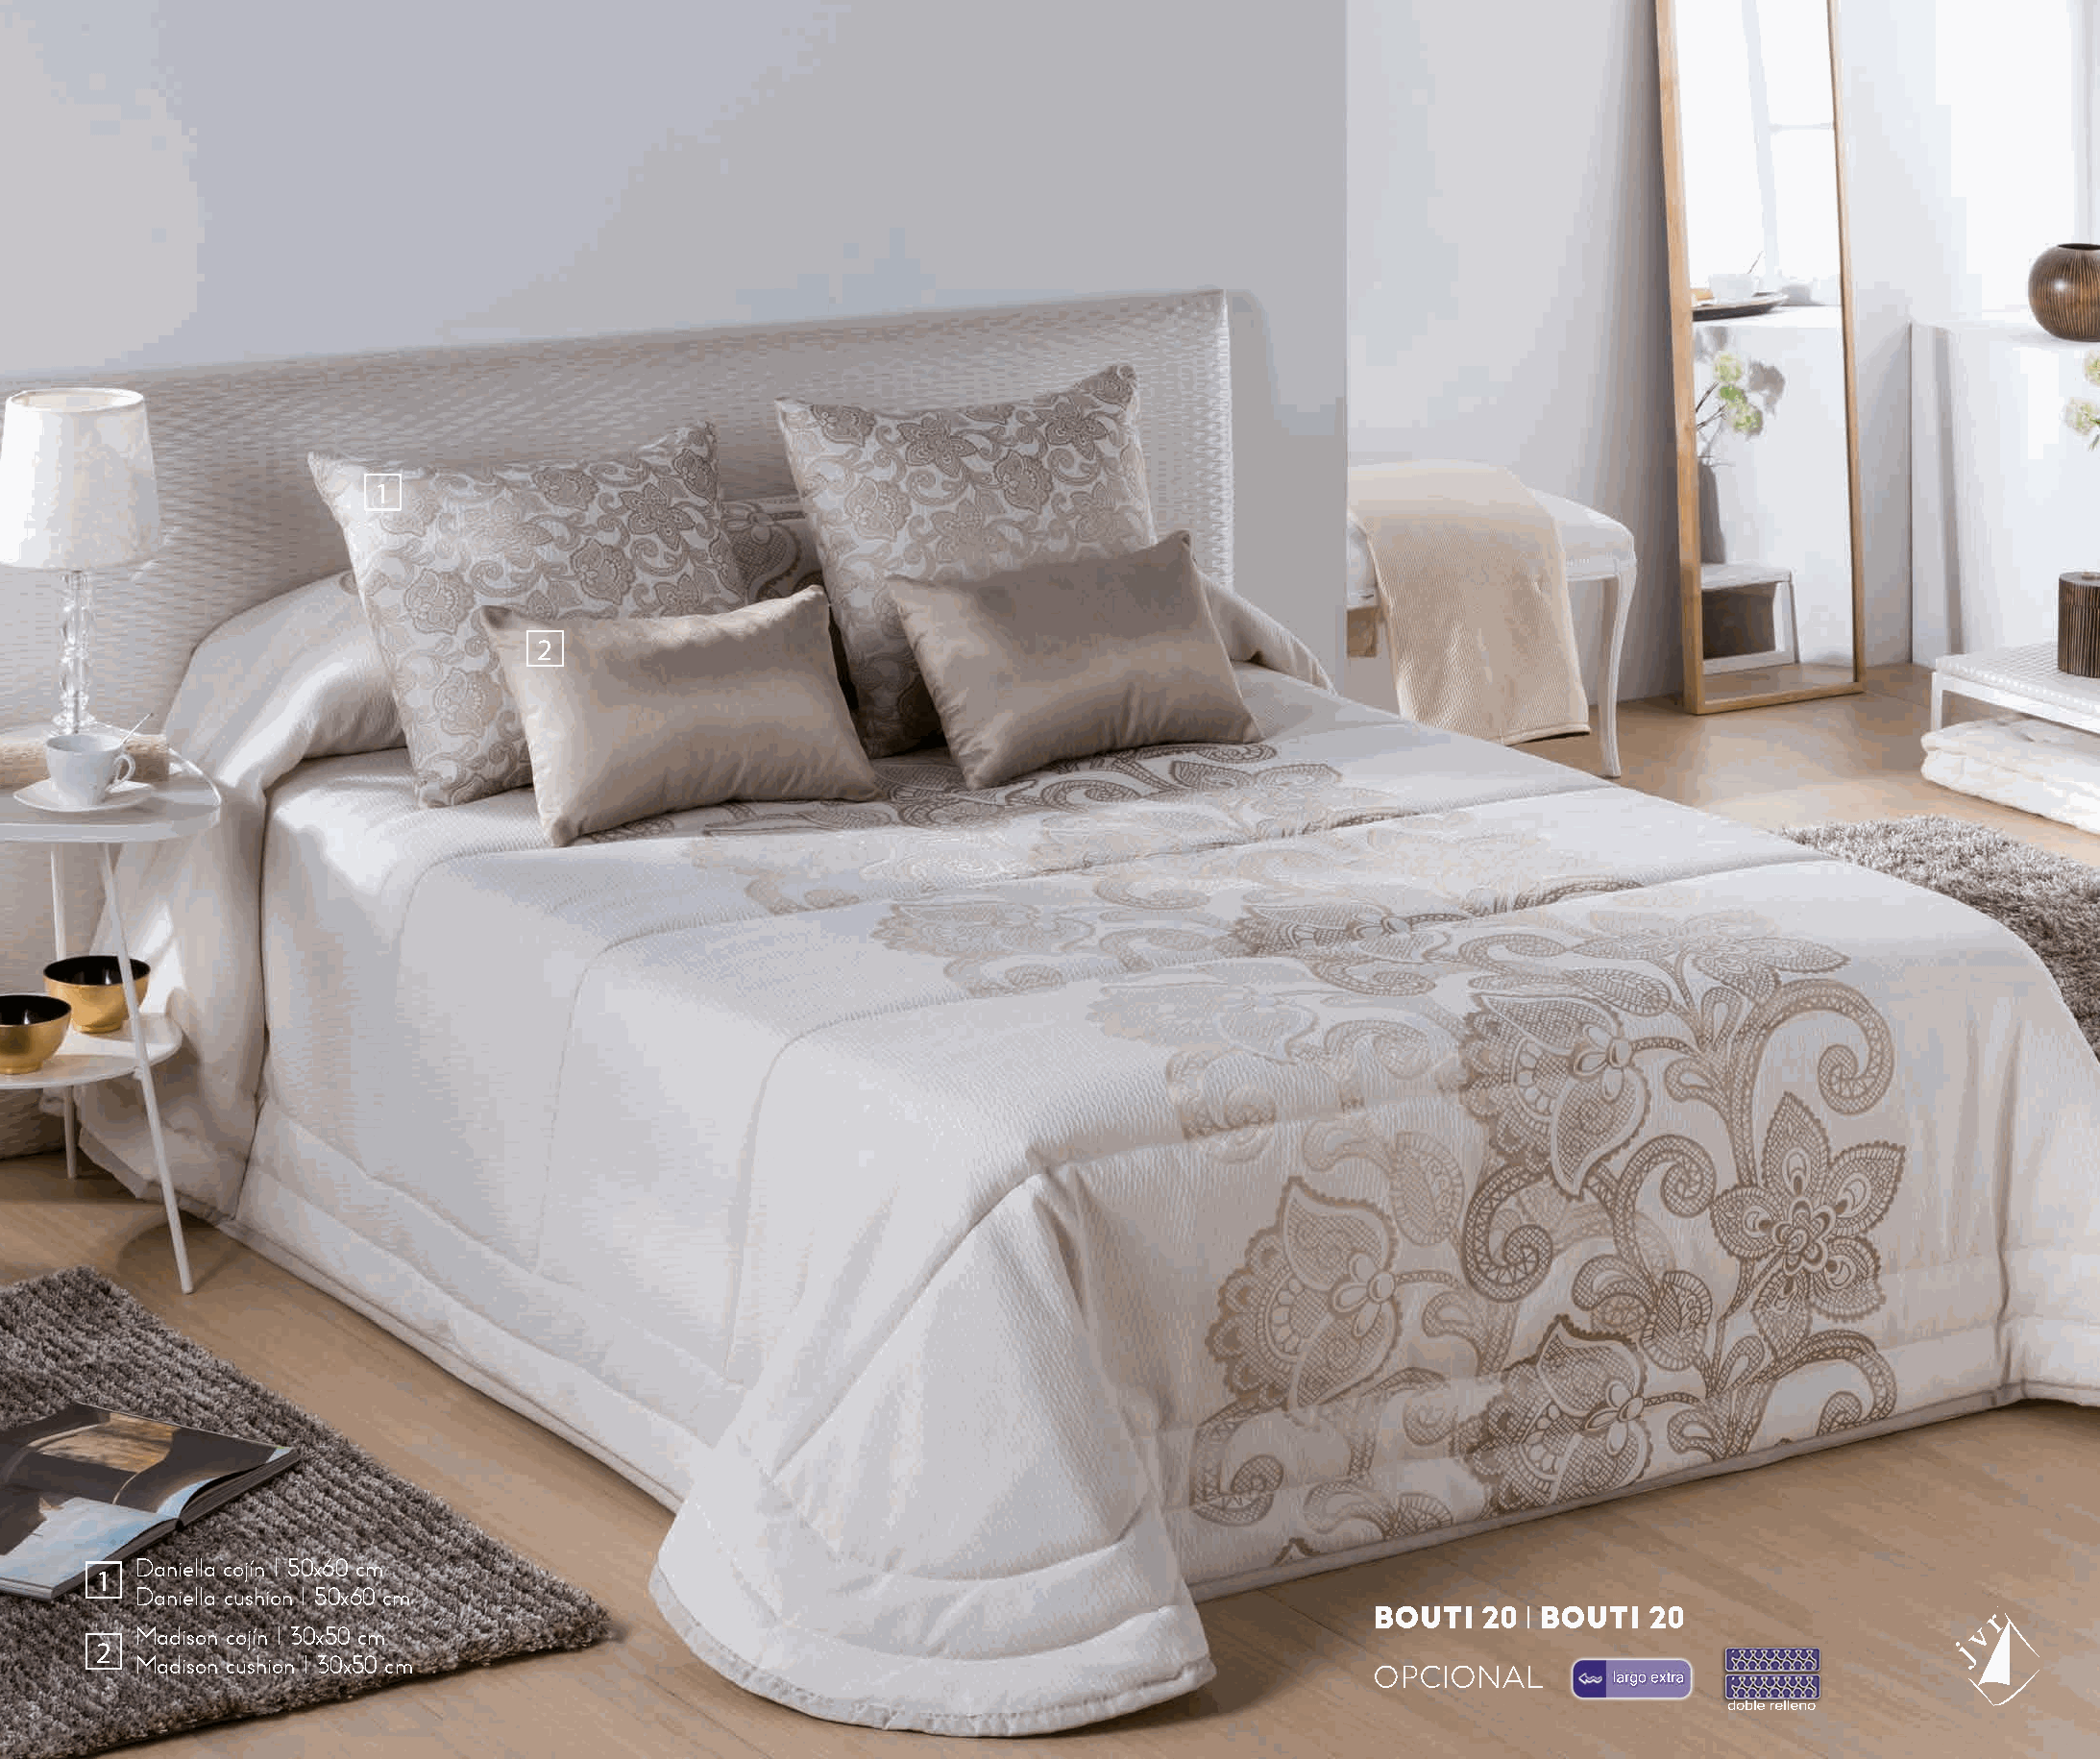
1
 2
 Daniella cojín I 50x60 cm
 1
 Daniella cushion I 50x60 cm
 BOUTI  20 l BOUTI  20
 Madison cojín I 30x50 cm
 2
 Madison cushion I 30x50 cm
 OPCIONAL        largo extra
 doble relleno